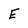
Character: E